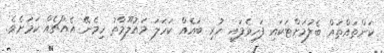
ކަންތައްތައް ބެލުމަށްޓަކައި ފަހިވެފައި ހުރި ބައެއް ކަހަލަ މައުލޫމާތު ހިމެނޭ އެއްޗެއް ކަމަށެވެ.